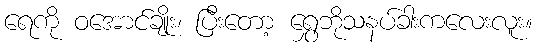
ရေကို ဝအောင်ချိုး၊ ပြီးတော့ ရွှေဘိုသနပ်ခါးကလေးလူး။